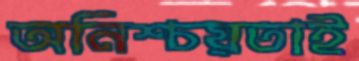
অনিশ্চয়তাই